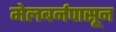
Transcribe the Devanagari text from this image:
मेलबर्नपासून